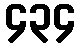
၄၃၄